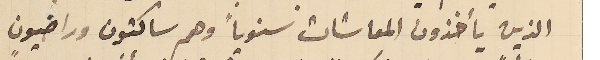
الذين يأخذون المعاشات سنوياً وهم ساكتون وراضيون